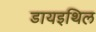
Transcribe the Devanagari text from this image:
डायइथिल